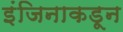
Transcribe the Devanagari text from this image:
इंजिनाकडून